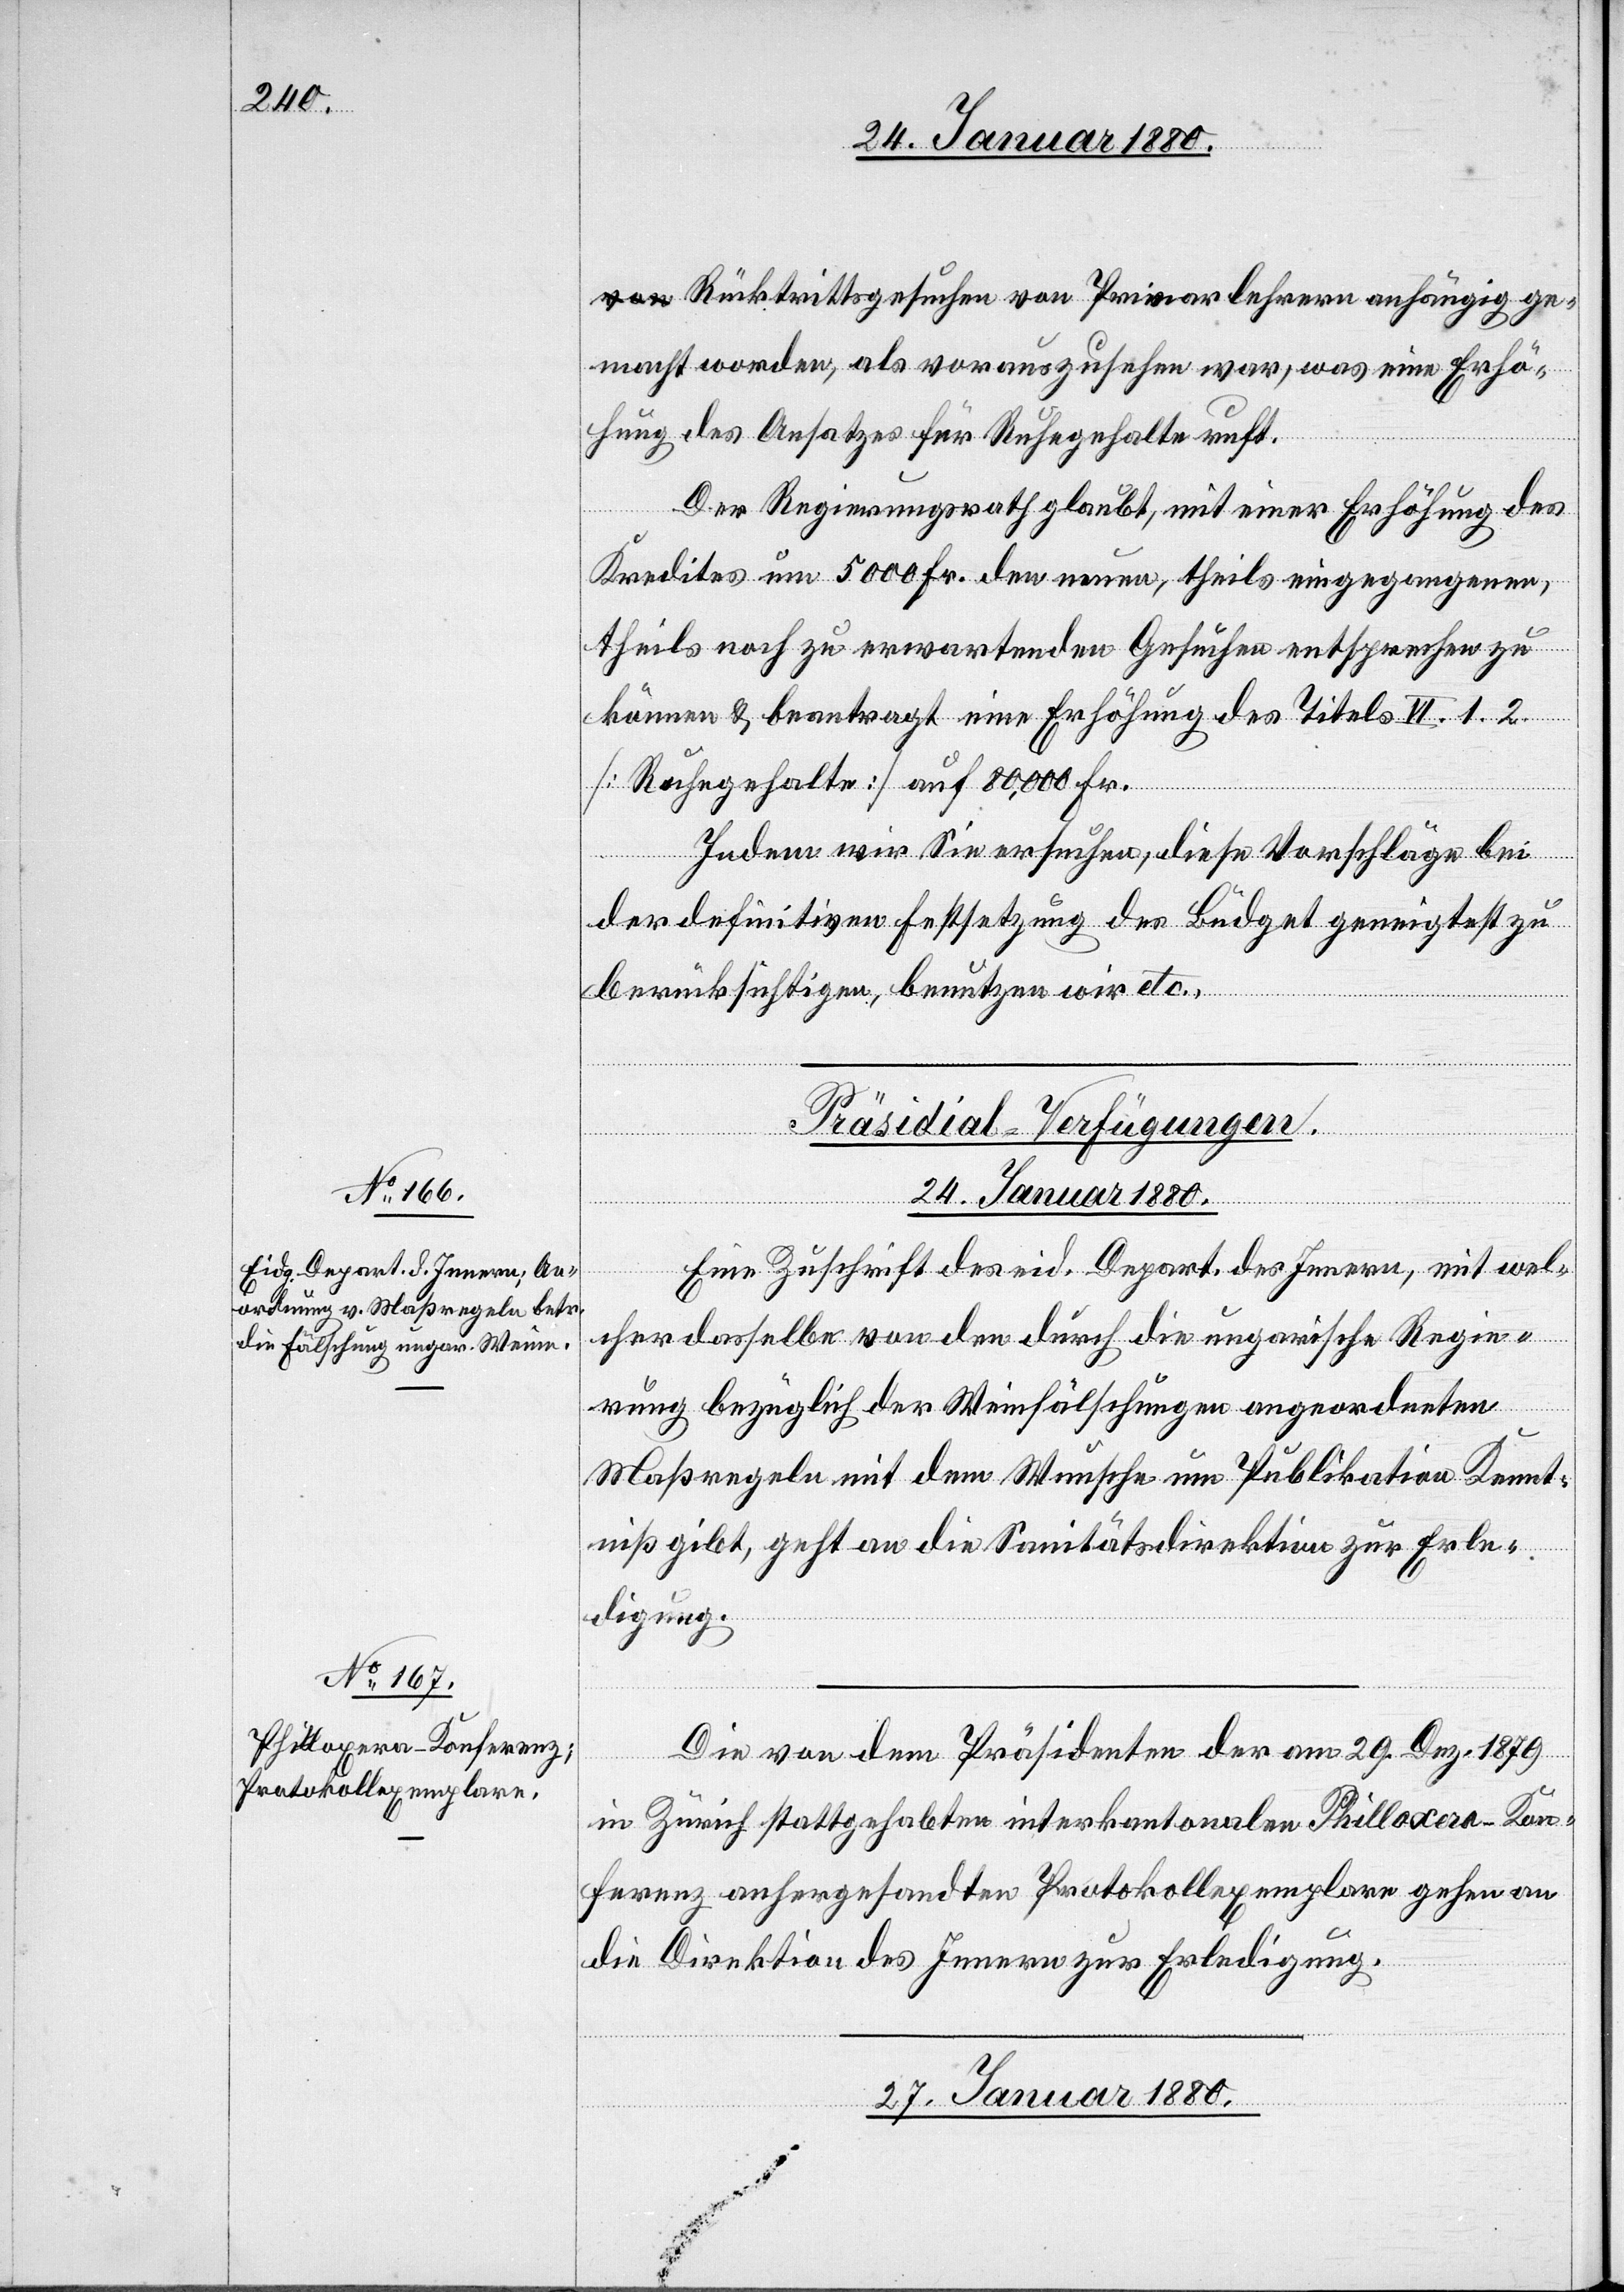
Rücktrittsgesuchen von Primarlehrern anhängig ge¬
macht worden, als vorauszusehen war, was eine Erhö¬
hung des Ansatzes für Ruhegehalte ruft.
Der Regierungsrath glaubt, mit einer Erhöhung des
Kredites um 5000 Fr. den neuen, theils eingegangenen,
theils noch zu erwartenden Gesuchen entsprechen zu
können & beantragt eine Erhöhung des Titels VI. 1. 2.
[Ruhegehalte] auf 80, 000 Fr.
Indem wir Sie ersuchen, diese Vorschläge bei
der definitiven Festsetzung des Büdget geneigtest zu
berücksichtigen, benutzen wir etc.
[Präsidial-Verfügungen.]
24. Januar 1880.]
Eine Zuschrift des eid. Depart. des Innern, mit wel¬
cher dasselbe von den durch die ungarische Regie¬
rung bezüglich der Weinfälschungen angeordneten
Maßregeln mit dem Wunsche um Publikation Kennt¬
niß gibt, geht an die Sanitätsdirektion zur Erle¬
digung.
Die von dem Präsidenten der am 29. Dez. 1879
in Zürich stattgehabten interkantonalen Philloxera-Kon¬
ferenz anhergesandten Protokollexemplare gehen an
die Direktion des Innern zur Erledigung.
27. Januar 1880.